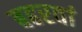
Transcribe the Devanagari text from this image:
बहरवां